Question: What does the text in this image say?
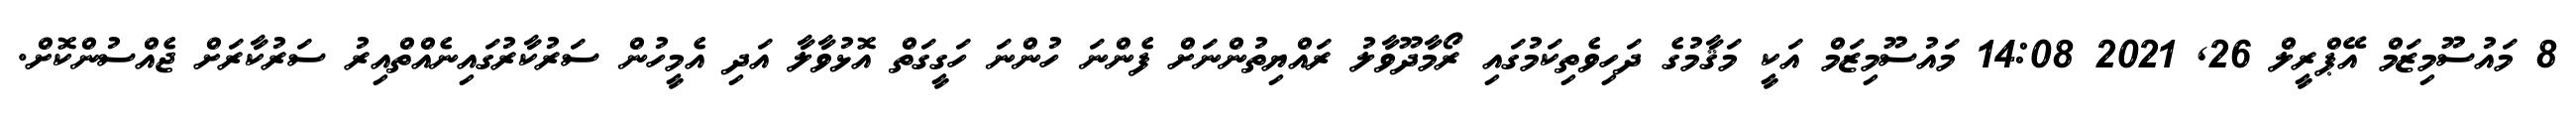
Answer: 8 މައުސޫމިޒަމް އޭޕްރީލް 26, 2021 14:08 މައުސޫމިޒަމް އަކީ މަޤާމުގެ ދަހިވެތިކަމުގައި ރޯމާދޫވާލު ރައްޔިތުންނަށް ފެންނަ ހުންނަ ހަގީގަތް އޮޅުވާލާ އަދި އެމީހުން ސަރުކާރުގައިނެއްތްއިރު ސަރުކާރަށް ޖެއްސުންކޮށް.